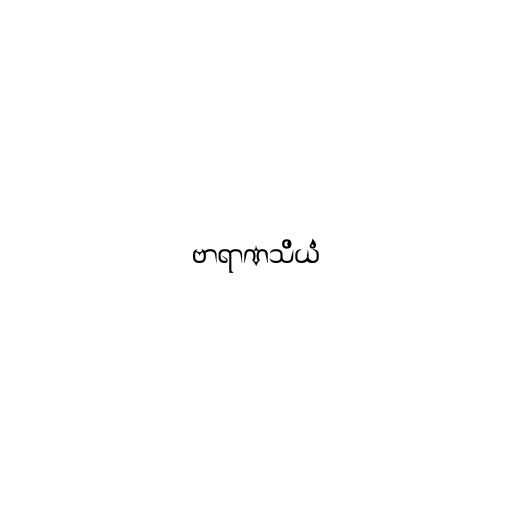
ဗာရာဏသိယံ